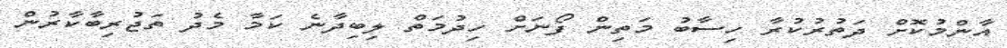
އާންމުކޮށް ދަތުރުކުރާ ހިސާބު މަތިން ފޯނަށް ހިދުމަތް ލިބިދާނެ ކަމާ މެދު ތަޖުރިބާކާރުން